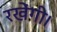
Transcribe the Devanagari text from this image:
रखेंगी।